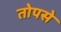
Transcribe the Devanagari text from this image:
तोपसे